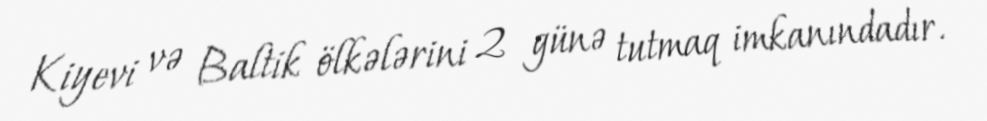
Kiyevi və Baltik ölkələrini 2 günə tutmaq imkanındadır.